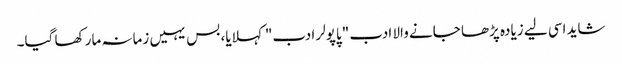
شاید اسی لیے زیادہ پڑھا جانے والا ادب "پاپولر ادب" کہلایا، بس یہیں زمانہ مار کھا گیا۔